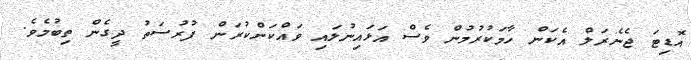
އޮޑިޓަ ޖެނެރަލް އެކަން ހާމަކުރުމުން ވެސް އަޅައިނުލައި ވަައްކަންކުރަން ފުރުސަތު ދީގެން ތިބުމެވެ.